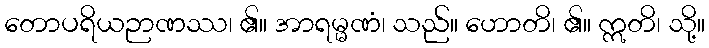
တောပရိယဉာဏဿ၊ ၏။ အာရမ္မဏံ၊ သည်။ ဟောတိ၊ ၏။ ဣတိ၊ သို့။